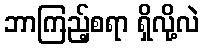
ဘာကြည့်စရာ ရှိလို့လဲ